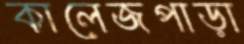
কালেজপাড়া